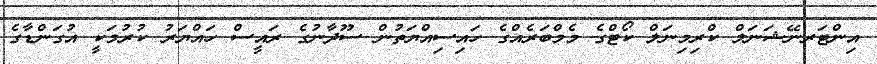
އިންޓަރނޭޝަނަލް ކްރިމިނަލް ކޯޓްގެ މެމްބަރެއްގެ ހައިސިއްޔަތުން ސޫދާނުގެ ރައީސް ހައްޔަރު ކުރުމަކީ އުގަންޑާގެ